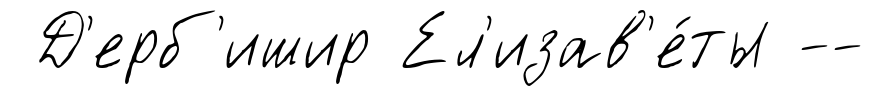
Д'ерб'ишир Ел'изав'е́ты --